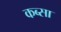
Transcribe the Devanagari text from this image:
कब्सा